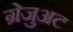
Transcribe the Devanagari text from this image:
ग्रेजुअट